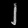
Digit: ၂